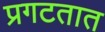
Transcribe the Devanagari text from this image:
प्रगटतात